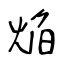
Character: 焔